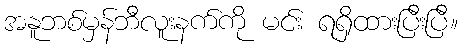
အနူဘစ်မှန်ဘီလူးနက်ကို မင်း ရရှိထားပြီးပြီ။